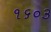
૧૬૦૩